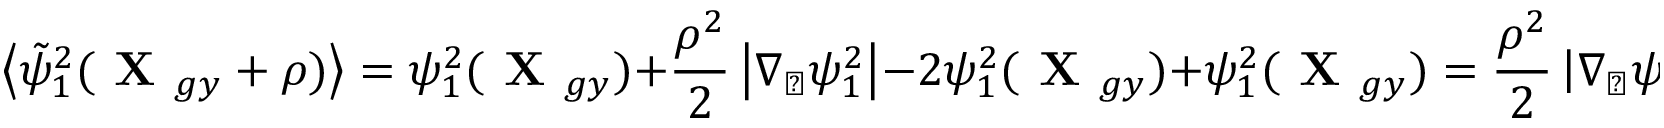
\left\langle \tilde { \psi } _ { 1 } ^ { 2 } ( \textbf { X } _ { g y } + \boldsymbol { \rho } ) \right\rangle = \psi _ { 1 } ^ { 2 } ( \textbf { X } _ { g y } ) + \frac { \rho ^ { 2 } } { 2 } \left| \nabla _ { \perp } \psi _ { 1 } ^ { 2 } \right| - 2 \psi _ { 1 } ^ { 2 } ( \textbf { X } _ { g y } ) + \psi _ { 1 } ^ { 2 } ( \textbf { X } _ { g y } ) = \frac { \rho ^ { 2 } } { 2 } \left| \nabla _ { \perp } \psi _ { 1 } \right| ^ { 2 } ,